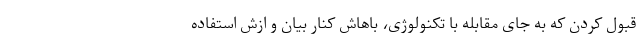
قبول کردن که به جای مقابله با تکنولوژِی، باهاش کنار بیان و ازش استفاده